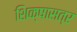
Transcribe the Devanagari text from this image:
शिक्षासत्र